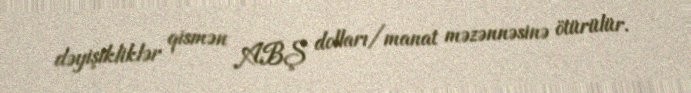
dəyişikliklər qismən ABŞ dolları/manat məzənnəsinə ötürülür.